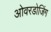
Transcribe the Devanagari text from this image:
ओवरडोजिंग